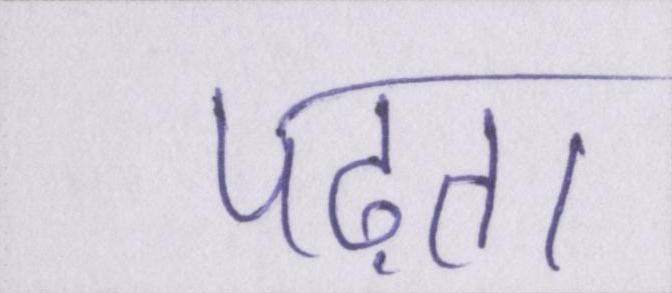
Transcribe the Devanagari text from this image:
पढ़ता